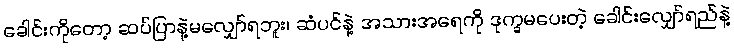
ခေါင်းကိုတော့ ဆပ်ပြာနဲ့မလျှော်ရဘူး၊ ဆံပင်နဲ့ အသားအရေကို ဒုက္ခမပေးတဲ့ ခေါင်းလျှော်ရည်နဲ့